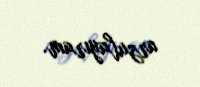
arzulayıram.